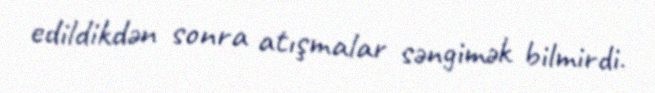
edildikdən sonra atışmalar səngimək bilmirdi.